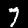
Digit: 7